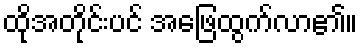
ထိုအတိုင်းပင် အဖြေထွက်လာ၏။